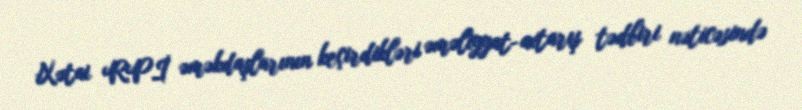
Xətai RPİ əməkdaşlarının keçirdikləri əməliyyat-axtarış tədbiri nəticəsində